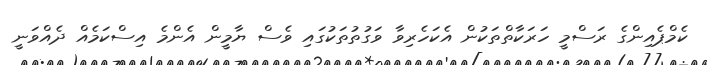
ކެމްޕެއިންގެ ރަސްމީ ހަރަކާތްތަކުން އެކަހެރިވާ ވަގުތުތަކުގައި ވެސް ޔާމީން އެންމެ އިސްކަމެއް ދެއްވަނީ